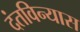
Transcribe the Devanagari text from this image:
दंतविन्यास